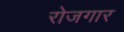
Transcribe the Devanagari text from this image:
राेजगार